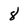
Character: 8